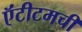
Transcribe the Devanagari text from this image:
ऍंटीटमची